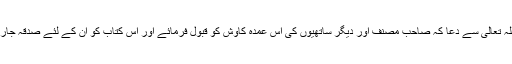
گویا کہ اللہ تعالیٰ سے دعا کہ صاحب مصنف اور دیگر ساتھیوں کی اس عمدہ کاوش کو قبول فرمائے اور اس کتاب کو ان کے لئے صدقہ جاریہ بنائے۔